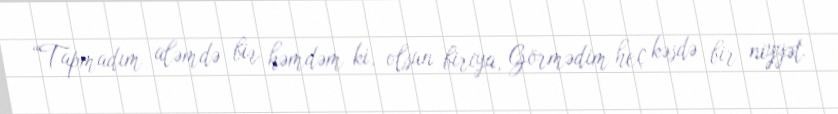
“Tapmadım aləmdə bir həmdəm ki, olsun biriya, Görmədim heç kəsdə bir niyyət